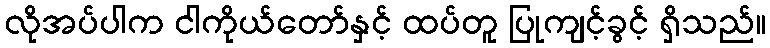
လိုအပ်ပါက ငါကိုယ်တော်နှင့် ထပ်တူ ပြုကျင့်ခွင့် ရှိသည်။